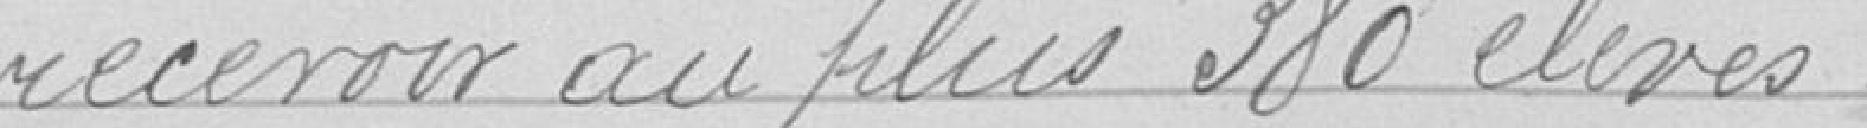
recevoir au plus 380 élèves.